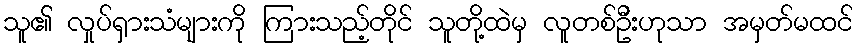
သူ၏ လှုပ်ရှားသံများကို ကြားသည့်တိုင် သူတို့ထဲမှ လူတစ်ဦးဟုသာ အမှတ်မထင်